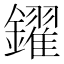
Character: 鑃